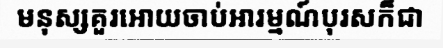
មនុស្សគួរអោយចាប់អារម្មណ៍បុរសក៏ជា